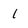
Character: 1